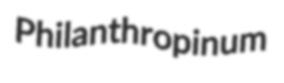
Philanthropinum